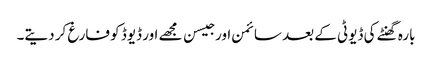
بارہ گھنٹے کی ڈیوٹی کے بعد سائمن اور جیسن مجھے اور ڈیوڈ کو فارغ کر دیتے۔